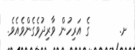
ށ.       ގެ އަރިހުން ވާރިދުވެގެންވެއެވެ.